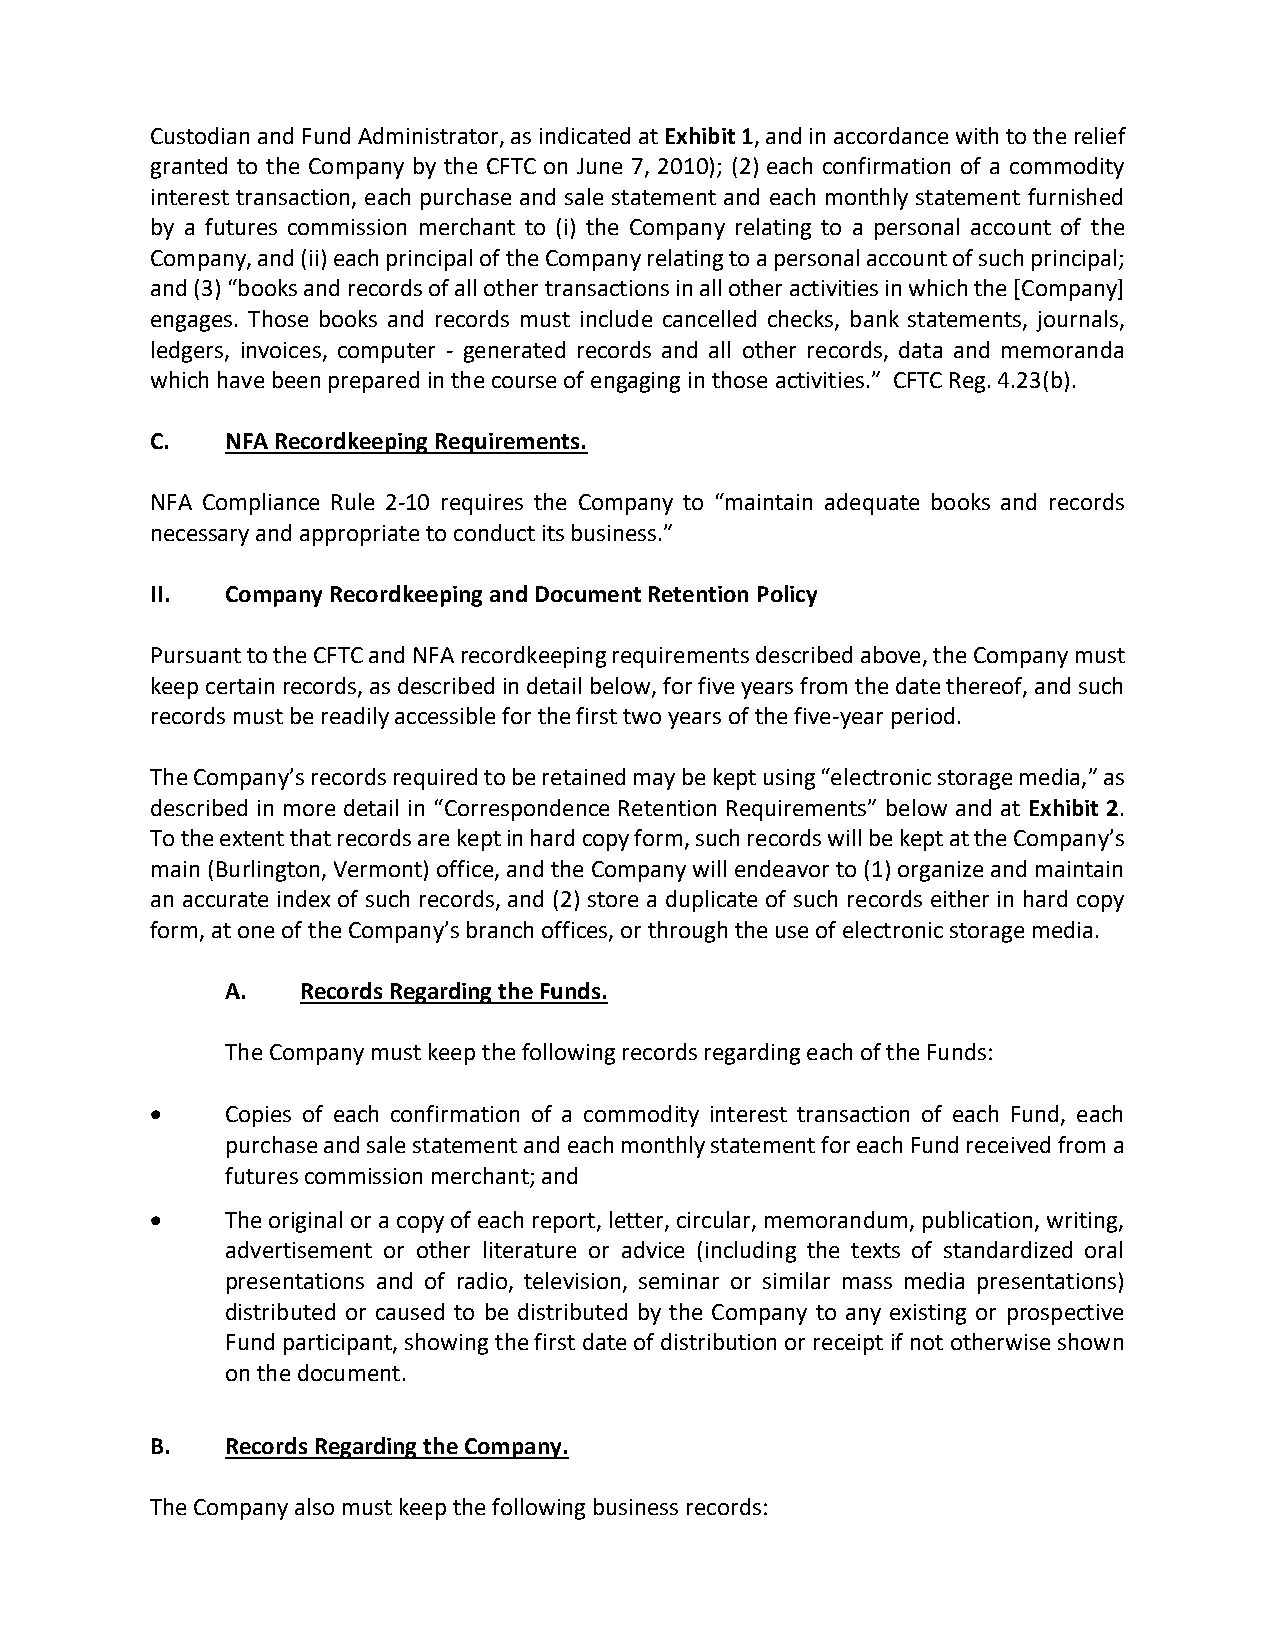
Custodian and Fund Administrator, as indicated at Exhibit 1, and in accordance with to the relief
 granted to the Company by the CFTC on June 7, 2010); (2) each confirmation of a commodity
 interest transaction, each purchase and sale statement and each monthly statement furnished
 by a futures commission merchant to (i) the Company relating to a personal account of the
 Company, and (ii) each principal of the Company relating to a personal account of such principal;
 and (3) “books and records of all other transactions in all other activities in which the [Company]
 engages. Those books and records must include cancelled checks, bank statements, journals,
 ledgers, invoices, computer - generated records and all other records, data and memoranda
 which have been prepared in the course of engaging in those activities.” CFTC Reg. 4.23(b).
 C.   NFA Recordkeeping Requirements.
 NFA Compliance Rule 2-10 requires the Company to “maintain adequate books and records
 necessary and appropriate to conduct its business.”
 II.  Company Recordkeeping and Document Retention Policy
 Pursuant to the CFTC and NFA recordkeeping requirements described above, the Company must
 keep certain records, as described in detail below, for five years from the date thereof, and such
 records must be readily accessible for the first two years of the five-year period.
 The Company’s records required to be retained may be kept using “electronic storage media,” as
 described in more detail in “Correspondence Retention Requirements” below and at Exhibit 2.
 To the extent that records are kept in hard copy form, such records will be kept at the Company’s
 main (Burlington, Vermont) office, and the Company will endeavor to (1) organize and maintain
 an accurate index of such records, and (2) store a duplicate of such records either in hard copy
 form, at one of the Company’s branch offices, or through the use of electronic storage media.
 A.   Records Regarding the Funds.
 The Company must keep the following records regarding each of the Funds:
 •    Copies of each confirmation of a commodity interest transaction of each Fund, each
 purchase and sale statement and each monthly statement for each Fund received from a
 futures commission merchant; and
 •    The original or a copy of each report, letter, circular, memorandum, publication, writing,
 advertisement or other literature or advice (including the texts of standardized oral
 presentations and of radio, television, seminar or similar mass media presentations)
 distributed or caused to be distributed by the Company to any existing or prospective
 Fund participant, showing the first date of distribution or receipt if not otherwise shown
 on the document.
 B.   Records Regarding the Company.
 The Company also must keep the following business records: